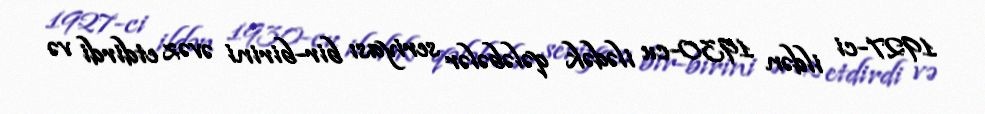
1927-ci ildən 1930-cu ilədək qələbələr seriyası bir-birini əvəz etdirdi və